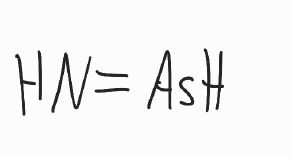
Simplified molecular-input line-entry system (SMILES) notation of the given molecule:
N=[AsH]